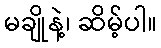
မချိုနဲ့၊ ဆိမ့်ပါ။